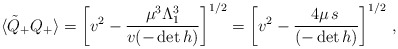
\begin{align*} \langle\tilde Q_+ Q_+ \rangle= \left[v^2- \frac{\mu^3 \Lambda_1^3}{v(-\det h)}\right]^{1/2}=\left[ v^2- \frac{4\mu \, s\,}{(-\det h)}\right]^{1/2}\,,\end{align*}